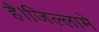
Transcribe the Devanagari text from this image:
है।जिल्लामे